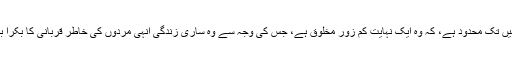
ان کی سوچ یہیں تک محدود ہے، کہ وہ ایک نہایت کم زور مخلوق ہے، جس کی وجہ سے وہ ساری زندگی انہی مردوں کی خاطر قربانی کا بکرا بنتی رہتی ہے۔